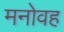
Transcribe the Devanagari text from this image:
मनोवह